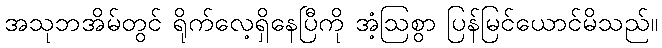
အသုဘအိမ်တွင် ရိုက်လေ့ရှိနေပြီကို အံ့ဩစွာ ပြန်မြင်ယောင်မိသည်။